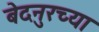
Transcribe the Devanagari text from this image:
बेदनुरच्या